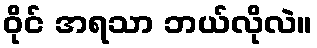
ဝိုင် အရသာ ဘယ်လိုလဲ။